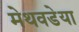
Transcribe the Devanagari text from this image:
मेथवडेया